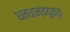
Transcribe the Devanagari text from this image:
धनधान्ययुक्त